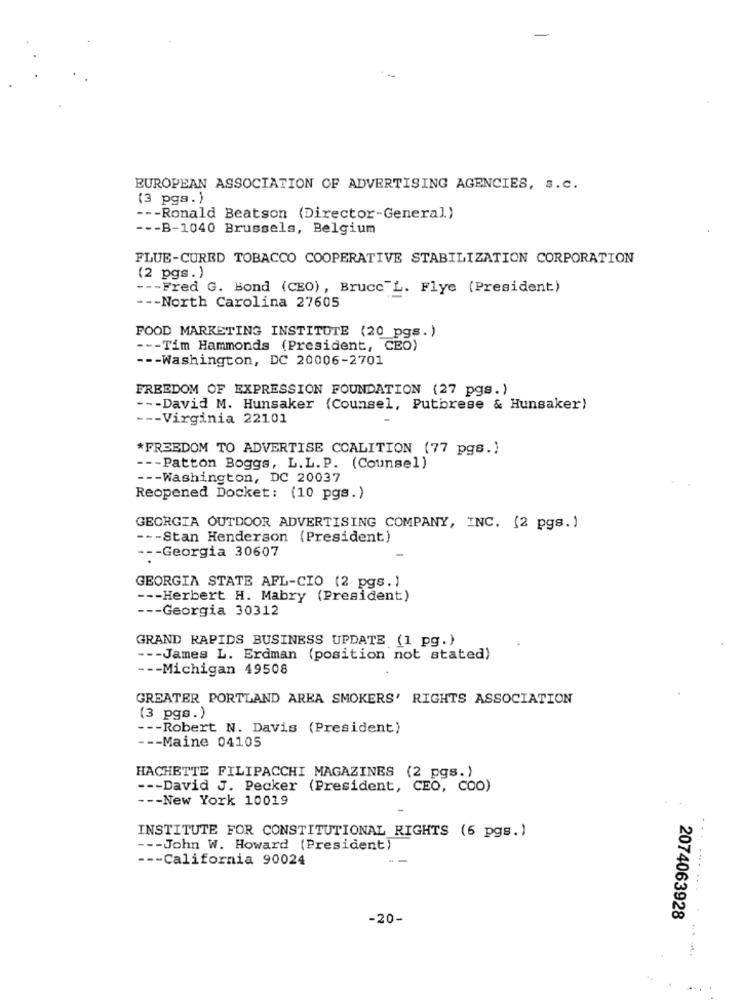
EUROPEAN ASSOCIATION OF ADVERTISING AGENCIES, s.c.
(3 pga.)
--- Ronald Beatson (Director-General)
--- B-1040 Brussels, Belgium
FLUE-CURED TOBACCO COOPERATIVE STABILIZATION CORPORATION
(2 pgs.)
--- Fred G. Bond (CEO), Bruce"L. Flye (President)
--- North Carolina 27605
FOOD MARKETING INSTITUTE (20 pgs.)
--- Tim Hammonds (President, CEO)
--- Washington, DC 20006-2701
FREEDOM OF EXPRESSION FOUNDATION (27 pgs.)
--- David M. Hunsaker (Counsel, Putbrese & Hunsaker)
--- Virginia 22101
*FREEDOM TO ADVERTISE COALITION (77 pgs.)
--- Patton Boggs, L.L. P. (Counsel)
--- Washington, DC 20037
Reopened Docket: (10 pgs.)
GEORGIA OUTDOOR ADVERTISING COMPANY, INC. (2 pgs. )
--- Stan Henderson (President)
--- Georgia 30607
GEORGIA STATE AFL-CIO (2 pgs. )
--- Herbert H. Mabry (President)
--- Georgia 30312
GRAND RAPIDS BUSINESS UPDATE (1 pg.)
--- James L. Erdman (position not stated)
--- Michigan 49508
GREATER PORTLAND AREA SMOKERS' RIGHTS ASSOCIATION
(3 pgs.)
--- Robert N. Davis (President)
--- Maine 04105
HACHETTE FILIPACCHI MAGAZINES (2 pgs.)
--- David J. Pecker (President, CEO, COO)
--- New York 10019
INSTITUTE FOR CONSTITUTIONAL RIGHTS (6 pgs.)
--- John W. Howard (President)
--- California 90024
.. ....
-20-
2074063928